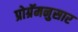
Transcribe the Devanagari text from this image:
प्रोग्रॅमनुसार